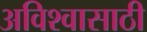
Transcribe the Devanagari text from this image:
अविश्‍वासाठी